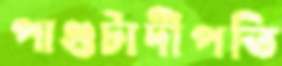
পাগুটাদীপতি